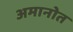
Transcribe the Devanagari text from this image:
अमानोत